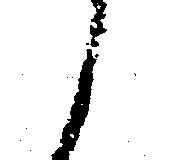
と